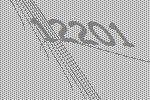
12201